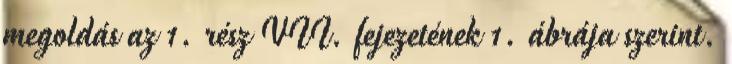
megoldás az 1. rész VII. fejezetének 1. ábrája szerint.